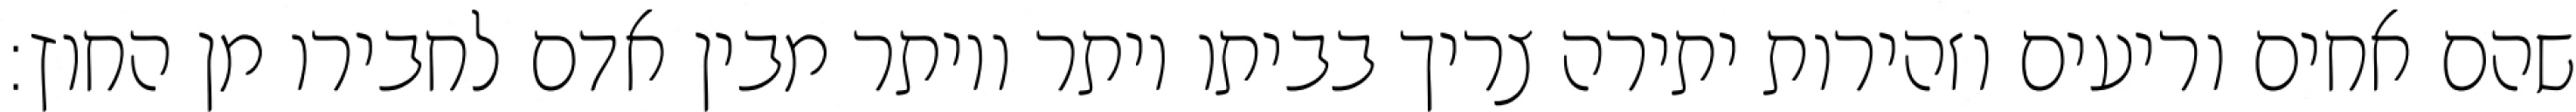
שהם אחים וריעים וזהירות יתירה צריך בביתו יותר ויותר מבין אדם לחבירו מן החוץ: